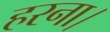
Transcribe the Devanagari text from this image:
हरना।